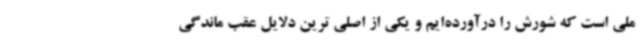
ملی است که شورش را درآورده‌ایم و یکی از اصلی ‌ترین دلایل عقب ماندگی